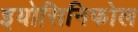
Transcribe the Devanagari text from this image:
इयोसिनिफोल